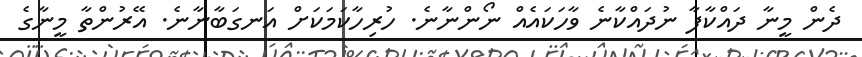
ދެން މީނާ ދައްކާފާ ނުދައްކާނެ ވާހަކައެއް ނޯންނާނެ. ހުރިހާކަމަކަށް އަނގަބާނާނެ. އޭރުންތާ މީނާގެ